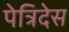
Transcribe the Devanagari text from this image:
पेत्रिदेस